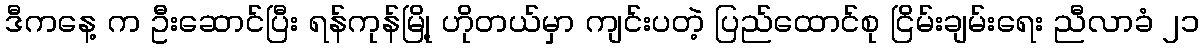
ဒီကနေ့ က ဦးဆောင်ပြီး ရန်ကုန်မြို့ ဟိုတယ်မှာ ကျင်းပတဲ့ ပြည်ထောင်စု ငြိမ်းချမ်းရေး ညီလာခံ ၂၁